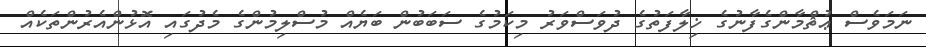
ނަމަވެސް ޢުޘްމާންގެފާނުގެ ޚިލާފަތުގެ ދުވަސްވަރު މިކަމުގެ ސަބަބުން ބަޔެއް މުސްލިމުންގެ މެދުގައި އޮޅުންއެރުންތަކެއް